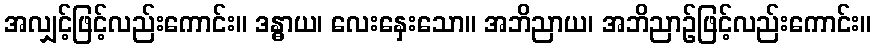
အလျှင့်ဖြင့်လည်းကောင်း။ ဒန္ဓာယ၊ လေးနှေးသော။ အဘိညာယ၊ အဘိညာဉ်ဖြင့်လည်းကောင်း။